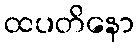
ထပတိနော